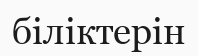
біліктерін